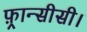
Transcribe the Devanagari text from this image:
फ़्रान्सीसी।